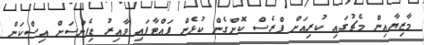
މާޒިޔާއިން މެޗުގައި ކުރިއަށް ޕްރެސް ކޮށްގެން ކުޅެން ފައްޓާފައި ވާއިރު ޑިފެންސަށް އިސްކަން